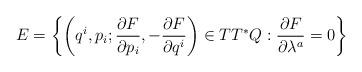
LaTeX: \begin{align*} E=\left \{\left(q^i,p_i;\frac{\partial F}{\partial p_i},-\frac{\partial F}{\partial q^i}\right )\in TT^*Q:\frac{\partial F}{\partial \lambda^a}=0\right\}\end{align*}